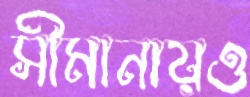
সীমানায়ও